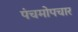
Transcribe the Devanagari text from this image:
पंचमोपचार